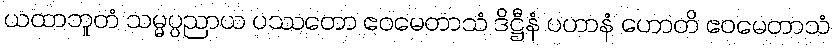
ယထာဘူတံ သမ္မပ္ပညာယ ပဿတော ဧဝမေတာသံ ဒိဋ္ဌီနံ ပဟာနံ ဟောတိ ဧဝမေတာသံ